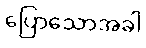
ပြောသောအခါ